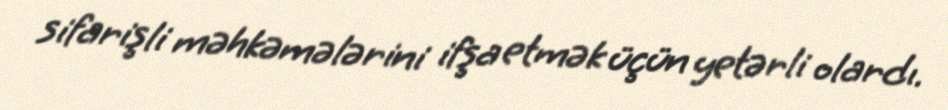
sifarişli məhkəmələrini ifşa etmək üçün yetərli olardı.